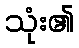
သုံး၏